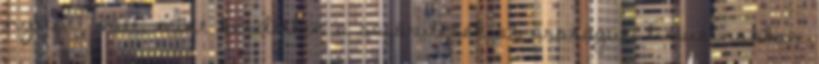
nyitott volt, mint kezdetben a sofőrülések az országúti limuzinokban.